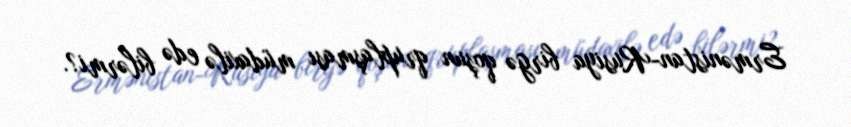
Ermənistan-Rusiya birgə qoşun qruplaşması müdaxilə edə bilərmi?.